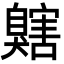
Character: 𦤬